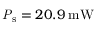
\mathrm { \mathit { P } _ { s } } = 2 0 . 9 \: \mathrm { m W }